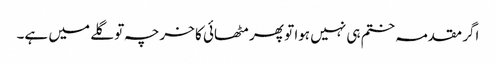
اگر مقدمہ ختم ہی نہیں ہوا تو پھر مٹھائی کا خرچہ تو گلے میں ہے۔